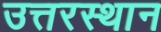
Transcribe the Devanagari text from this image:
उत्तरस्थान